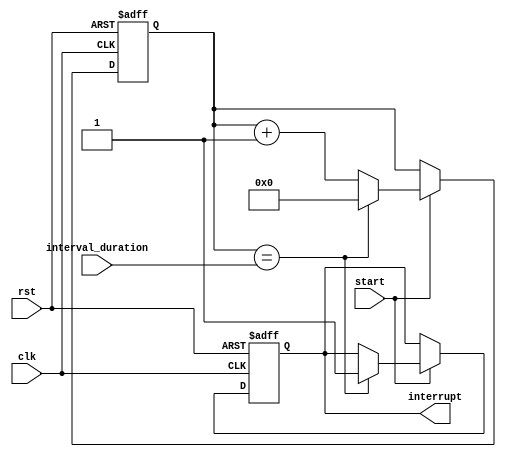
module IntervalTimer (
    input wire clk, // Clock signal
    input wire rst, // Reset signal
    input wire start, // Start signal to enable timer
    input wire [31:0] interval_duration, // Desired interval duration
    
    output reg interrupt // Interrupt signal
);

reg [31:0] counter; // 32-bit counter register

always @(posedge clk or posedge rst) begin
    if (rst) begin
        counter <= 0;
        interrupt <= 0;
    end else begin
        if (start) begin
            counter <= counter + 1;
            if (counter == interval_duration) begin
                interrupt <= 1; // Generate interrupt when interval is reached
                counter <= 0; // Reset counter
            end
        end
    end
end

endmodule